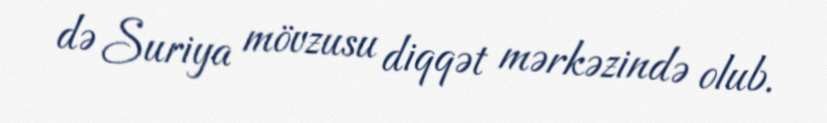
də Suriya mövzusu diqqət mərkəzində olub.